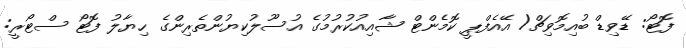
ފޮޓޯ: ޑޭވިޑް ބުއިމޮވިޗް/ އޭއެފްޕީ ކޮމެންޓް ޝާއިއުކުރުމުގެ އުސޫލުކިޔުންތެރިންގެ ހިޔާލު ފޮޓޯ ސްޓޯރީ: